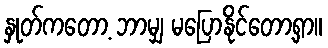
နှုတ်ကတော့ ဘာမျှ မပြောနိုင်တော့ရှာ။